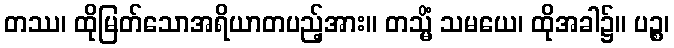
တဿ၊ ထိုမြတ်သောအရိယာတပည့်အား။ တသ္မိံ သမယေ၊ ထိုအခါ၌။ ပဉ္စ၊